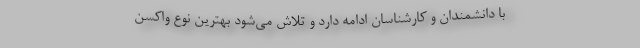
با دانشمندان و کارشناسان ادامه دارد و تلاش می‌شود بهترین نوع واکسن